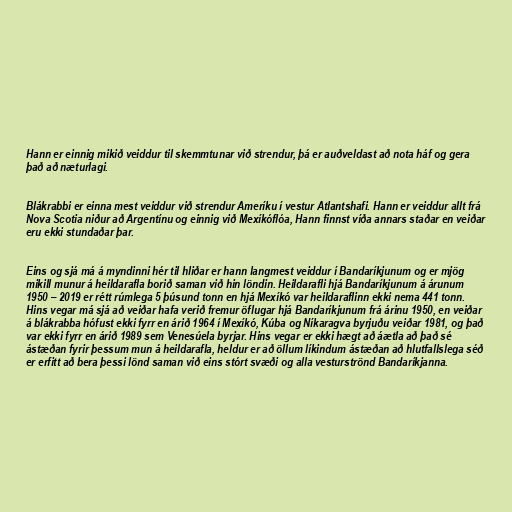
Hann er einnig mikið veiddur til skemmtunar við strendur, þá er auðveldast að nota háf og gera
það að næturlagi.

Blákrabbi er einna mest veiddur við strendur Ameríku í vestur Atlantshafi. Hann er veiddur allt frá
Nova Scotia niður að Argentínu og einnig við Mexíkóflóa, Hann finnst víða annars staðar en veiðar
eru ekki stundaðar þar.

Eins og sjá má á myndinni hér til hliðar er hann langmest veiddur í Bandaríkjunum og er mjög
mikill munur á heildarafla borið saman við hin löndin. Heildarafli hjá Bandaríkjunum á árunum
1950 – 2019 er rétt rúmlega 5 þúsund tonn en hjá Mexíkó var heildaraflinn ekki nema 441 tonn.
Hins vegar má sjá að veiðar hafa verið fremur öflugar hjá Bandaríkjunum frá árinu 1950, en veiðar
á blákrabba hófust ekki fyrr en árið 1964 í Mexíkó, Kúba og Níkaragva byrjuðu veiðar 1981, og það
var ekki fyrr en árið 1989 sem Venesúela byrjar. Hins vegar er ekki hægt að áætla að það sé
ástæðan fyrir þessum mun á heildarafla, heldur er að öllum líkindum ástæðan að hlutfallslega séð
er erfitt að bera þessi lönd saman við eins stórt svæði og alla vesturströnd Bandaríkjanna.